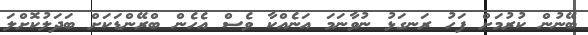
ބޭނުން ކުރުމަށް ފަހު ރަނގަޅު ނުވާނަމަ އަނެއްކާ ވެސް އެހެން ބްރޭންޑަކަށް ބަދަލުކޮށްލަ